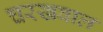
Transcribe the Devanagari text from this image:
चरखवाल